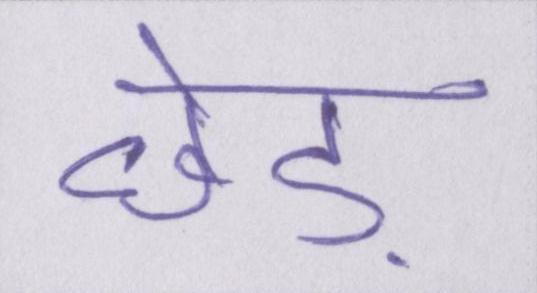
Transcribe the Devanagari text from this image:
छेड़